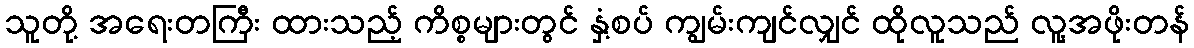
သူတို့ အရေးတကြီး ထားသည့် ကိစ္စများတွင် နှံ့စပ် ကျွမ်းကျင်လျှင် ထိုလူသည် လူ့အဖိုးတန်